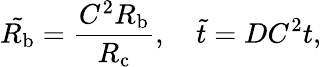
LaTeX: \tilde{R_{\mathrm{b}}}=\frac{C^{2}R_{\mathrm{b}}}{R_{\mathrm{c}}},\quad\tilde{t}=DC^{2}t,